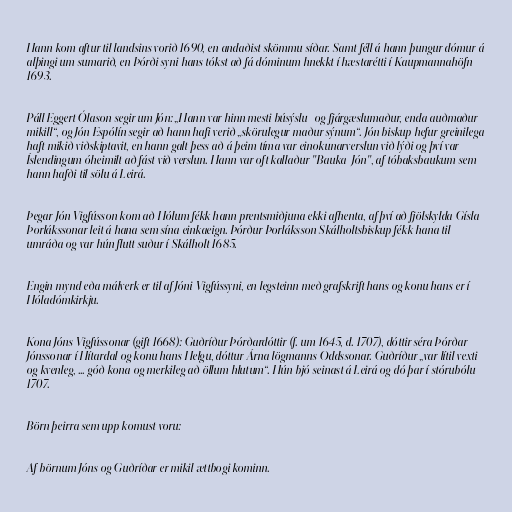
Hann kom aftur til landsins vorið 1690, en andaðist skömmu síðar. Samt féll á hann þungur dómur á
alþingi um sumarið, en Þórði syni hans tókst að fá dóminum hnekkt í hæstarétti í Kaupmannahöfn
1693.

Páll Eggert Ólason segir um Jón: „Hann var hinn mesti búsýslu- og fjárgæslumaður, enda auðmaður
mikill“, og Jón Espólín segir að hann hafi verið „skörulegur maður sýnum“. Jón biskup hefur greinilega
haft mikið viðskiptavit, en hann galt þess að á þeim tíma var einokunarverslun við lýði og því var
Íslendingum óheimilt að fást við verslun. Hann var oft kallaður "Bauka-Jón", af tóbaksbaukum sem
hann hafði til sölu á Leirá.

Þegar Jón Vigfússon kom að Hólum fékk hann prentsmiðjuna ekki afhenta, af því að fjölskylda Gísla
Þorlákssonar leit á hana sem sína einkaeign. Þórður Þorláksson Skálholtsbiskup fékk hana til
umráða og var hún flutt suður í Skálholt 1685.

Engin mynd eða málverk er til af Jóni Vigfússyni, en legsteinn með grafskrift hans og konu hans er í
Hóladómkirkju.

Kona Jóns Vigfússonar (gift 1668): Guðríður Þórðardóttir (f. um 1645, d. 1707), dóttir séra Þórðar
Jónssonar í Hítardal og konu hans Helgu, dóttur Árna lögmanns Oddssonar. Guðríður „var lítil vexti
og kvenleg, ... góð kona og merkileg að öllum hlutum“. Hún bjó seinast á Leirá og dó þar í stórubólu
1707.

Börn þeirra sem upp komust voru:

Af börnum Jóns og Guðríðar er mikil ættbogi kominn.